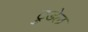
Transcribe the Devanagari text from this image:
ट्रुडेल